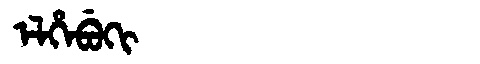
Manchu: ᡝᠯᡥᡝᠪᡠᡴᡳ
Romanization: ELHEBUKI